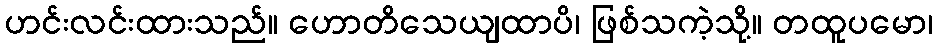
ဟင်းလင်းထားသည်။ ဟောတိသေယျထာပိ၊ ဖြစ်သကဲ့သို့။ တထူပမော၊